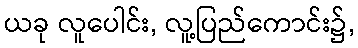
ယခု လူပေါင်း, လူ့ပြည်ကောင်း၌,